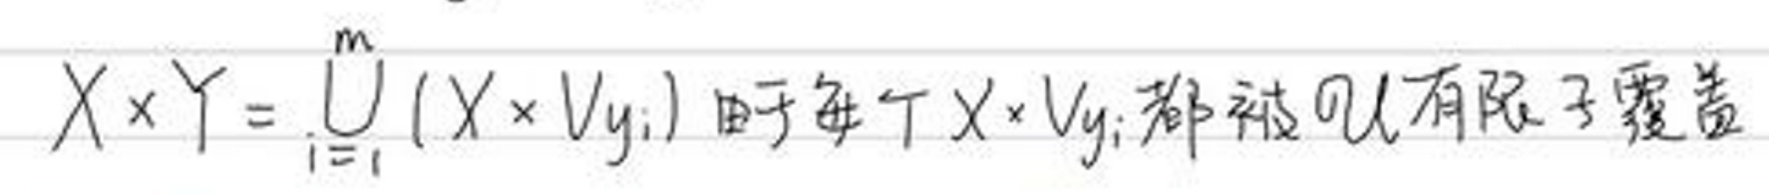
$X\times Y=\bigcup_{i = 1}^{m}(X\times V_{y_{i}}) $由于每个$ X\times V_{y_{i}} $都被 n 有限子覆盖